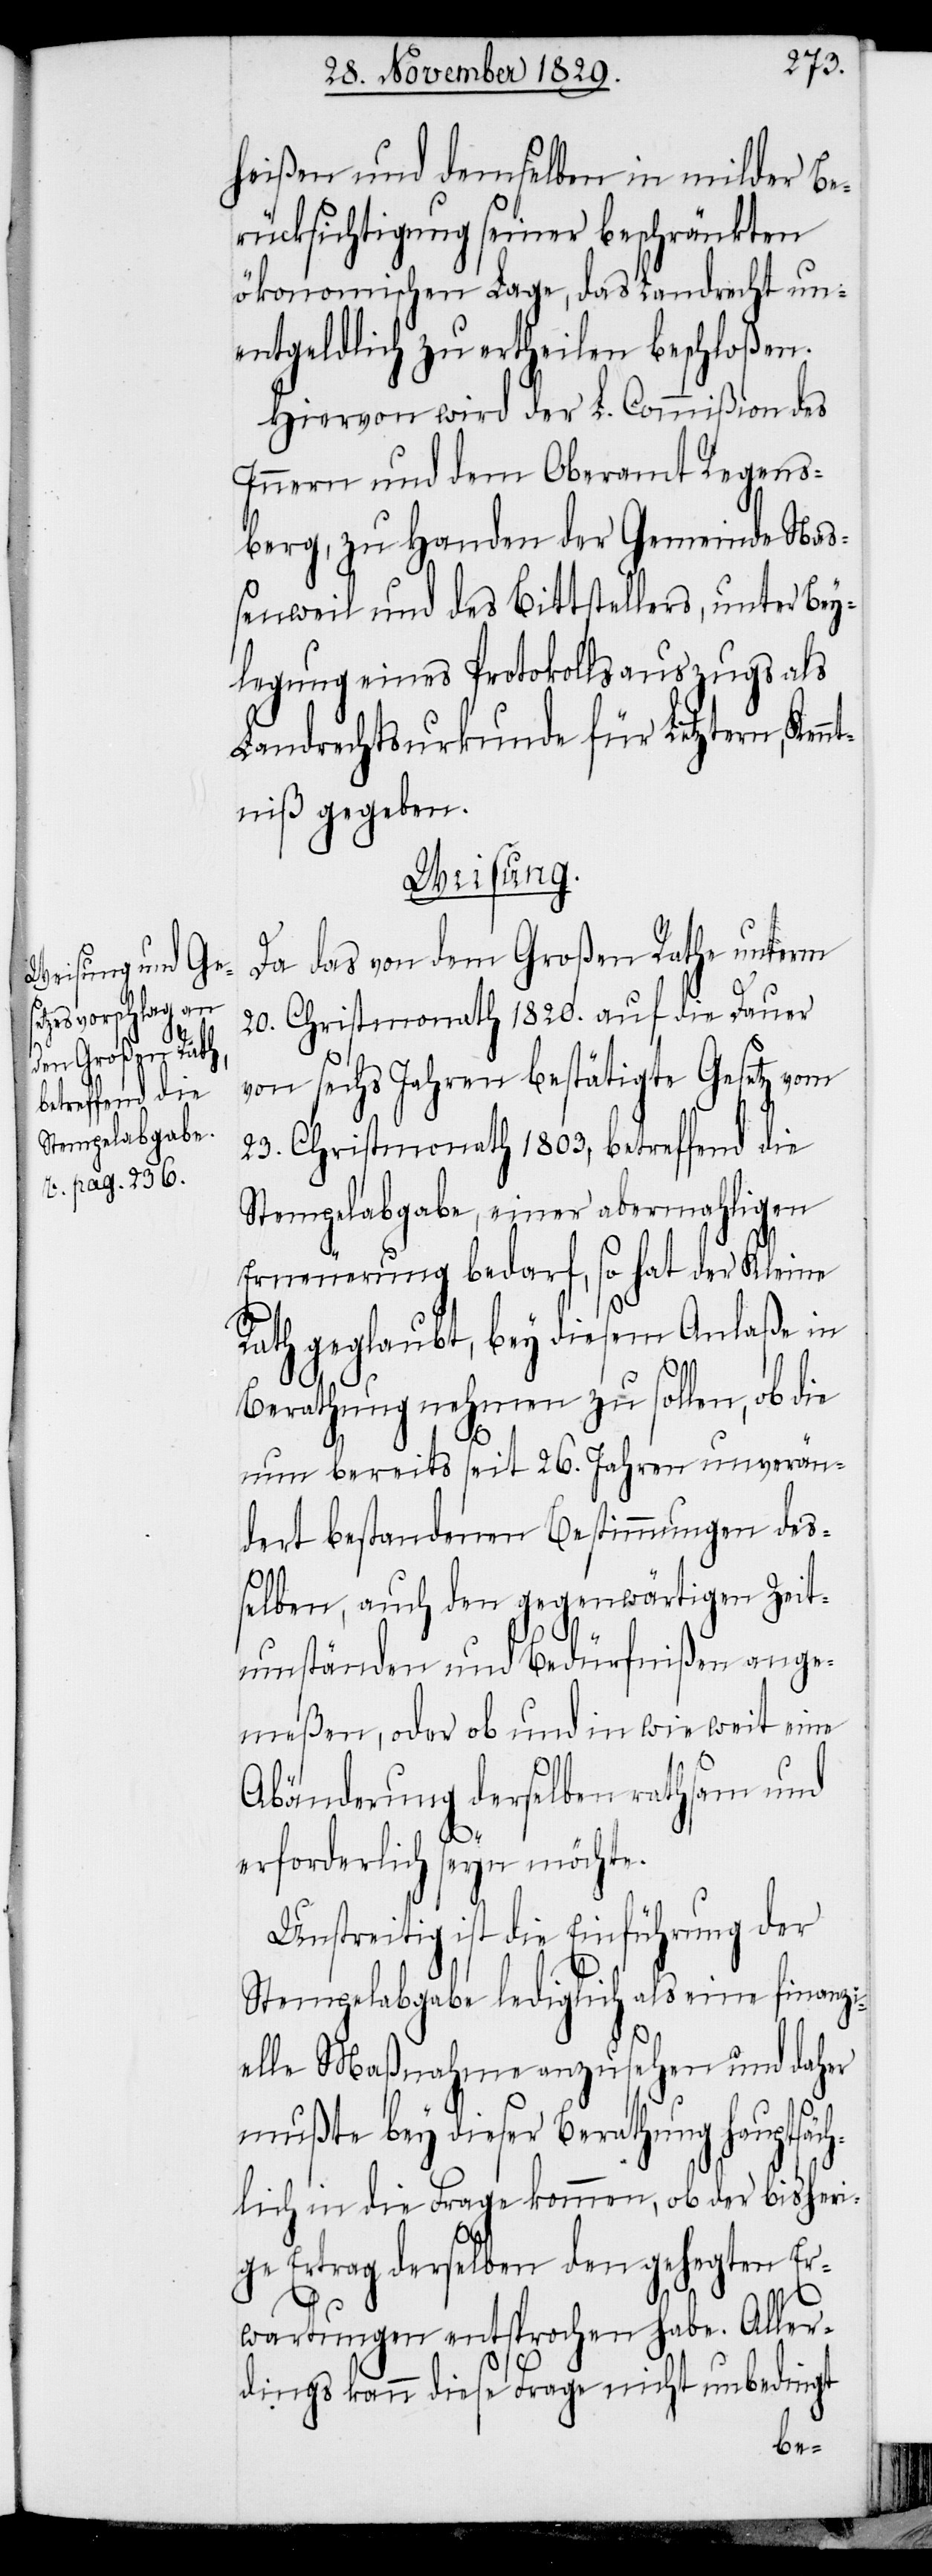
heißen und demselben in milder Be¬
rücksichtigung seiner beschränkten
ökonomischen Lage, das Landrecht un¬
entgeldlich zu ertheilen beschloßen.
Hiervon wird der L. Commißion des
Innern und dem Oberamt Regens¬
berg, zu Handen der Gemeinde Naß¬
enweil und des Bittstellers, unter Bey¬
legung eines Protokollsauszugs als
Landrechtsurkunde für Letztern, Ken¬
ntniß gegeben.
Weisung.
Da das von dem Großen Rathe unterm
20. Christmonath 1820. auf die Dauer
von sechs Jahren bestätigte Gesetz vom
23. Christmonath 1803, betreffend die
Stempelabgabe, einer abermahligen
Erneuerung bedarf, so hat der Kleine
Rath geglaubt, bey diesem Anlaße in
Berathung nehmen zu sollen, ob die
nun bereits seit 26. Jahren unverän¬
dert bestandenen Bestimmungen des¬
selben, auch den gegenwärtigen Zeit¬
umständen und Bedürfnißen ange¬
meßen, oder ob und in wie weit eine
Abänderung derselben rathsam und
erforderlich seyn möchte.
Unstreitig ist die Einführung der
Stempelabgabe lediglich als eine finanzi¬
elle Maßnahme anzusehen und daher
mußte bey dieser Berathung hauptsäc¬
hlich in die Frage kommen, ob der bisheri¬
ge Ertrag derselben den gehegten Er¬
wartungen entsprochen habe. Aller¬
dings kann diese Frage nicht unbedingt